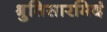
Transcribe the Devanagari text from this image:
श्रुतिसारमिदं